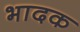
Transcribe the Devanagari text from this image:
भादक